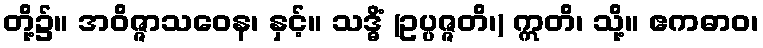
တို့၌။ အဝိဇ္ဇာသဝေန၊ နှင့်။ သဒ္ဓိံ (ဥပ္ပဇ္ဇတိ၊) ဣတိ၊ သို့။ ဧကဓာဝ၊